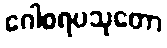
ဂေါစရပသုတော